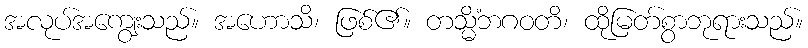
အလုပ်အကျွေးသည်။ အဟောသိ၊ ဖြစ်၏။ တသ္မိံဘဂဝတိ၊ ထိုမြတ်စွာဘုရားသည်။